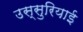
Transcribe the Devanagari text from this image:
उस्सुरियाई